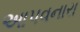
આપવનારા